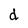
Character: d